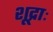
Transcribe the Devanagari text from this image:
शूद्राः